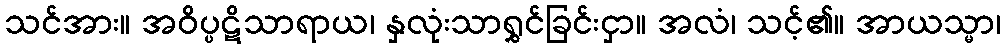
သင်အား။ အဝိပ္ပဋိသာရာယ၊ နှလုံးသာရွှင်ခြင်းငှာ။ အလံ၊ သင့်၏။ အာယသ္မာ၊